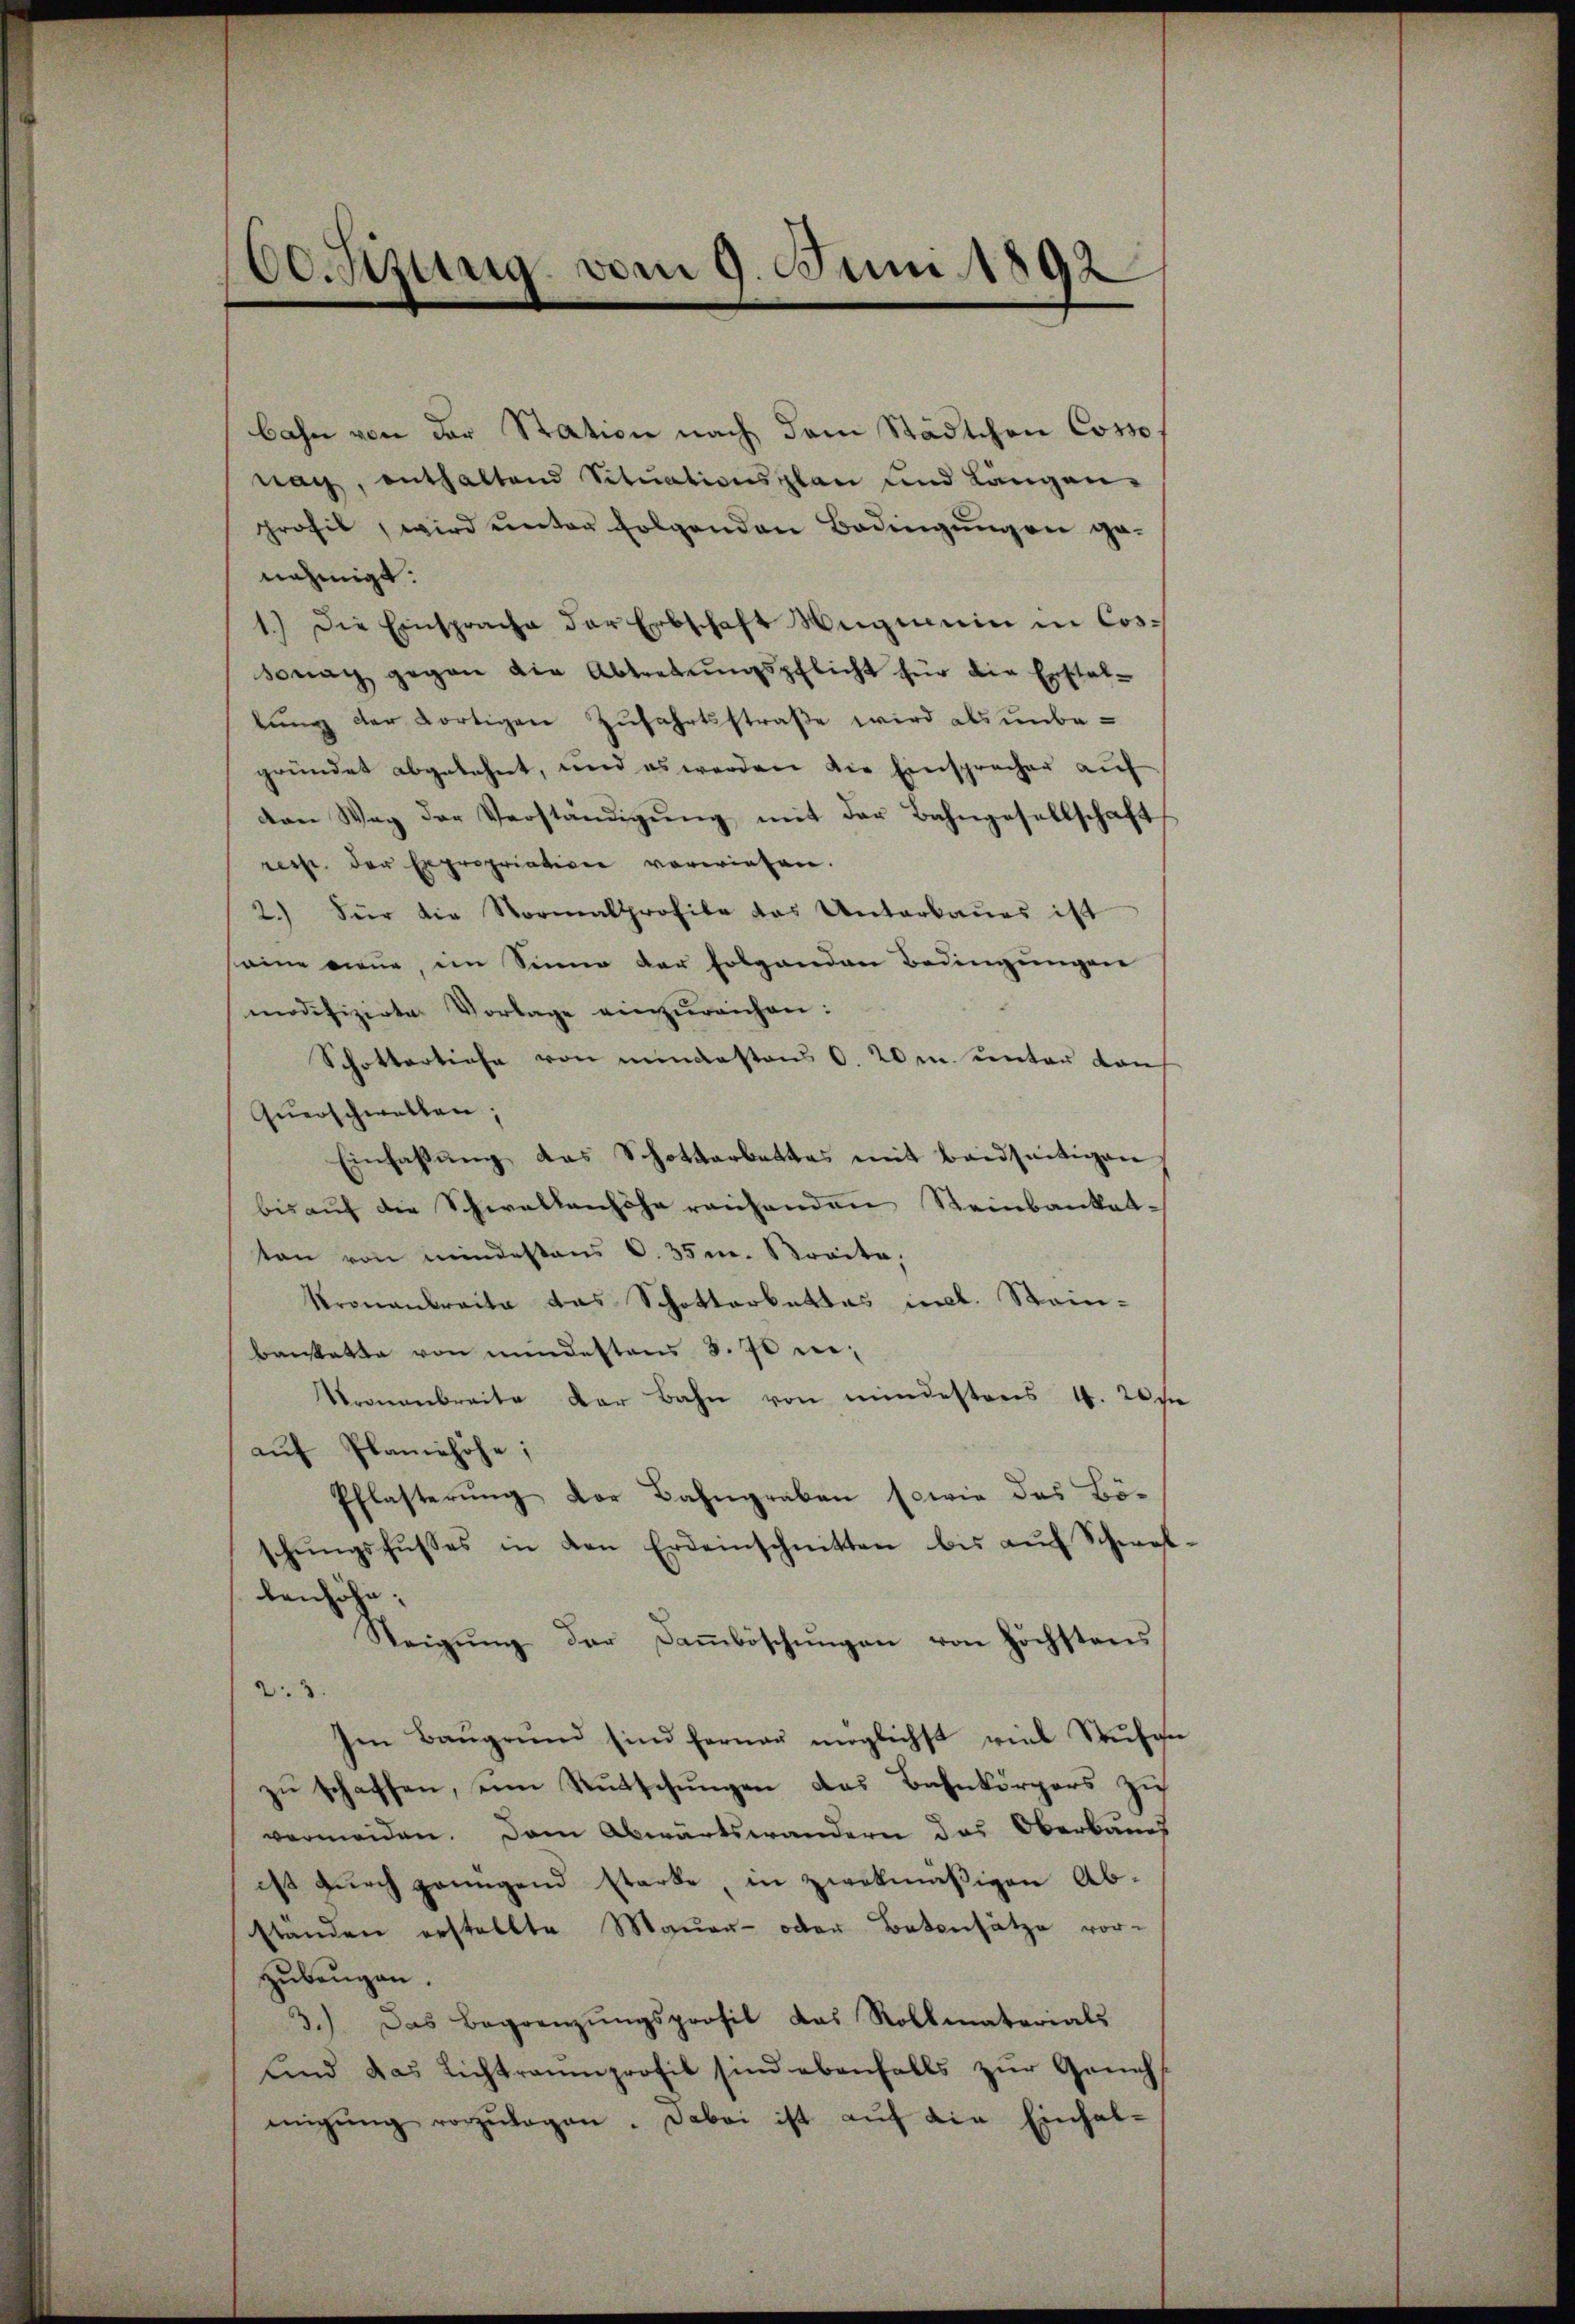
60. Sizung vom 9. Juni 1892

bahn von der Station nach dem Städtchen Cosso
nach, enthaltend Sitŭationsplan und Längen-
profil, wird ŭnter folgenden Bedingŭngen ge-
nehmigt.
1.) Die Einsprache der Erbschaft Wagmein in Cossonay gegen die Abtretŭngspflicht für die Erschal-
lung der dortigen Zufahrtsstraße wird als unbegründet abgelehnt, und es werden die Einspracher aŭf
von Weg der Verständigŭng mit der Bahngesellschaft
resp. der Expropriation vorwiesen.
2.) Für die Normalsprofile das Unterbaŭes ist
somme neue, im Sinne der folgenden Bedingungen
modifizirte Vorlage einzŭreichen:
Schottartiefe von mindestens O. 20m unter dan
Querschwalten;
Einfassŭng das Schotterbettes mit Bandseitigen
bis auf die Schwellenhöhe reichenden Steinbankat-
ton von mindestens O. 35 m. Kraite,
Kronanbreite das Schottarbettes incl. Steinbankette von mindestens §. 70 ei
Kronenbreite der Bahn von mindestens 4. 20 fr
auf Planiehöhe;
Pflasterung der Bahngraben sowie das Bö-
schŭngsfŭsses in den Erdeinschnitten bis aŭf Schwellenhöhe;
Neigung der Daṁböschungen von höchstens
2.3.
Im Baugrund sind ferner möglichst viel Stufen
zu schaffen, um Rutschungen das Bahnkörpers zu
vermeiden. Dem Abwärtswandern das Oberbaues
ist durch pringend starke in zwekmäßigen Ab-
ständen erstellte Mauer- oder Botensätze vor-
zubeugen.
3.) Das Begrenzungsprofil das Rollmaterials
Und das Lichtraŭmprofil sind ebenfalls zŭr Geneh
migŭng vorzŭlagen. Dabei ist aŭf die Einhal¬